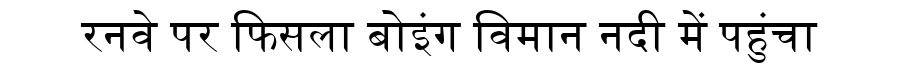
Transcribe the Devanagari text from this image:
रनवे पर फिसला बोइंग विमान नदी में पहुंचा